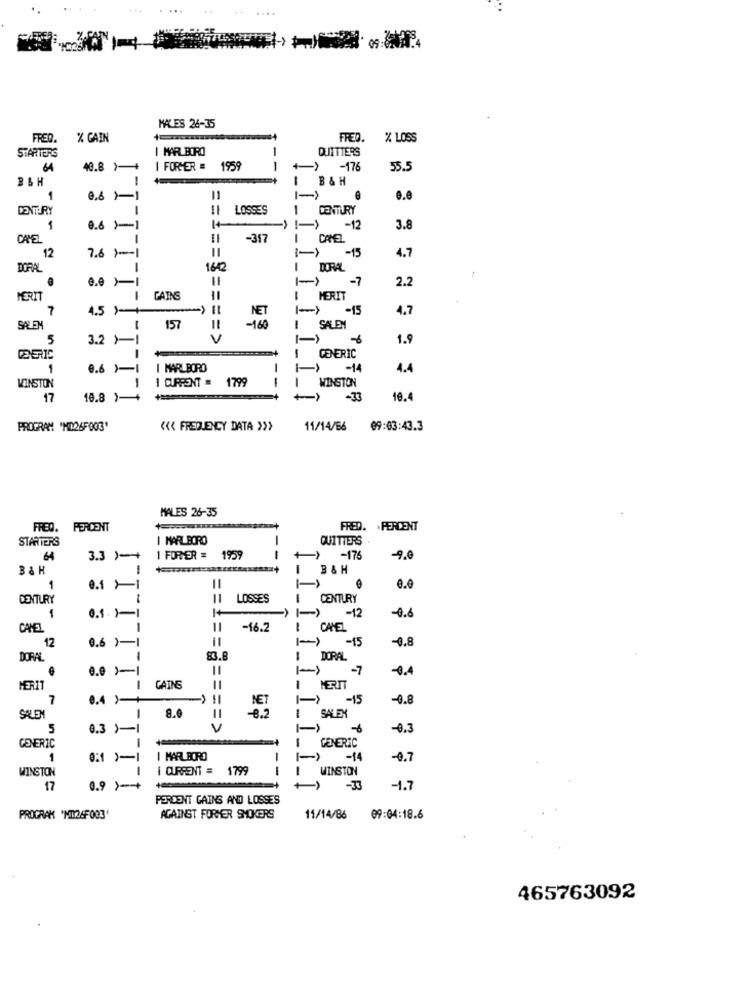
....
....
MALES 26-35
FRED.
% GAIN
FRED.
% LOSS
I MAR BORO
-
QUITTERS
STARTERS
64
40.8 )-+
I FORMER .
1959
-176
55.5
B&H
1
1
11
DENTURY
LOSSES
CENTURY
1
0.6)-1
-12
3.8
CAVEL
-317
i
CANEL
-15
12
7.6 )-1
4.7
DORAL
16-2
I DORAL
2.0 >1
-7
2.2
MERIT
1
GAINS
I MERIT
7
4.5 )-+-
-15
4.7
NET
SALEM
1
157
-160
SALEN
5
3.2 >1
V
1.9
1
GENERIC
1
0.6 )-1
I MARLBORO
-
-14
4.4
WINSTON
1
-
WINSTON
CURRENT = 1799
17
10.8 )-+
IIIIIIIII
-33
10.4
PROGRAM 'MI26F003'
<< FREQUENCY DATA >>>
11/14/66
09:03:43.3
MALES 26-35
FRED. PERCENT
FRED. . PERCENT
STARTERS
I MARLBORO
QUITTERS
64
3.3 )-+
1 FORMER = 1959
--
-175
-9.0
B& H
B&H
0.1 -1
0.0
CENTURY
-
LOSSES
CENTURY
1
0.1. 1-1
-12
-0.6
CANEL
-
====:
-16.2
I CANEL
12
0.6 )-
-15
-0.8
DORAL
83.8
1 DORAL
0.0 1-1
-7
-0.4
MERIT
GAINS
HERIT
7
0.4 )-+
-15
-0.8
8.8
NET
SALEN
-8.2
1
SALEX
5
0.3 )-
= >
-0.3
GENERIC
GENERIC
1
0:1 )-1
I MARLBORO
-
-14
-0.7
WINSTON
I CURRENT = 1799
WINSTON
17
0.9 )-+
-
IIIIIIIII
-1.7
PERDENT GAINS AND LOSSES
PROGRAK 'NIN26F003'
AGAINST FORMER SMOKERS
11/14/86
09:04:18.6
465763092